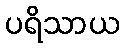
ပရိသာယ